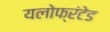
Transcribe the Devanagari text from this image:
यलोफ्रंटेड